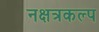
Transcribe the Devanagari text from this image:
नक्षत्रकल्प